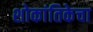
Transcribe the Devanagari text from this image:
शोकांतिकेचा